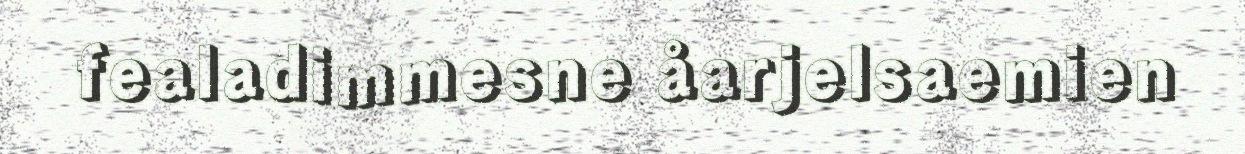
fealadimmesne åarjelsaemien